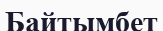
Байтымбет